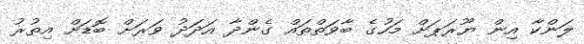
ލަންކާ އިން ޔޫރަޕަށް މަހުގެ ބާވަތްތައް ގެންދާ އަދަދު ވަރަށް ބޮޑަށް އިތުރު